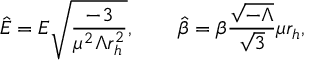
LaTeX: { \hat { E } } = E { \sqrt { \frac { - 3 } { \mu ^ { 2 } \Lambda r _ { h } ^ { 2 } } } } , \qquad { \hat { \beta } } = \beta \frac { { \sqrt { - \Lambda } } } { { \sqrt { 3 } } } \mu r _ { h } ,